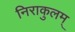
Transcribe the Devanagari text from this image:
निराकुलम्